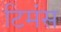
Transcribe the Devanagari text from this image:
टिमंस